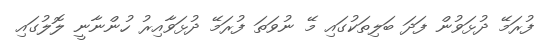
ފުރަމޭ ދުޅަވުން ފަދަ ބަލިތަކުގައި މޭ ނުވަތަ ފުރަމޭ ދުޅަވާއިރު ހުންނާނީ ލޮލުގައި